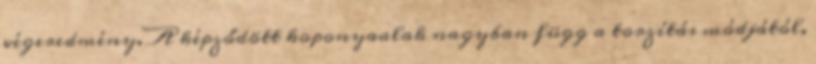
végeredmény. A képződött koponyaalak nagyban függ a torzítás módjától,